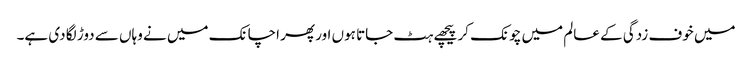
میں خوف زدگی کے عالم میں چونک کر پیچھے ہٹ جاتا ہوں اور پھر اچانک میں نے وہاں سے دوڑ لگا دی ہے۔